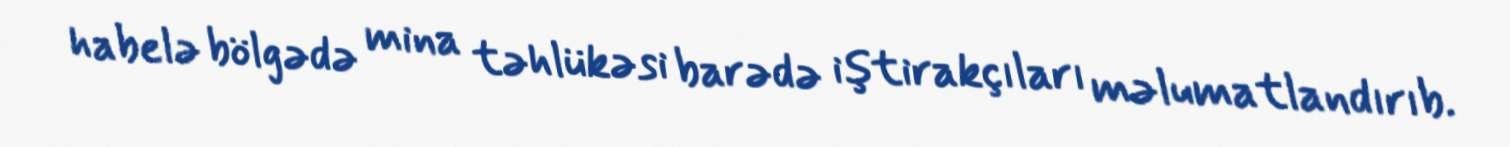
habelə bölgədə mina təhlükəsi barədə iştirakçıları məlumatlandırıb.